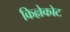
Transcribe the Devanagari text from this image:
किल्लेकोट